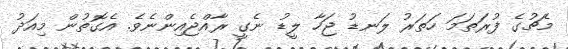
މެޗުގެ ފުރަތަމަ ހަތަރު ލަނޑު ޖަހާ ލީޑު ނެގީ ރާއްޖެއިންނެވެ. އެގޮތުން މިއަދު